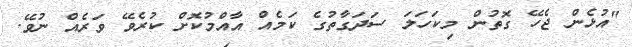
"އުޅެން ޖެހޭ ގޮތުން މިކަހަލަ ސަދަގާތުގެ ކަމެއް އާއްމުކޮށް ކުރެވޭ ވަރެއް ނުވޭ.